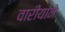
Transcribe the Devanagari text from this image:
वारीयाने